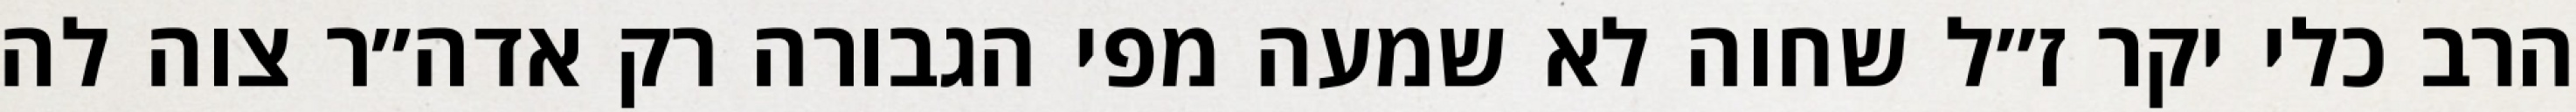
הרב כלי יקר ז״ל שחוה לא שמעה מפי הגבורה רק אדה״ר צוה לה